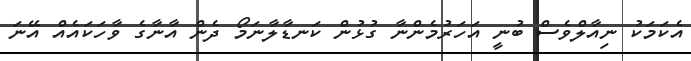
އެކަމަކު ނިއާލްވެސް ބުނީ އަހަރުމެންނާ ގުޅުން ކަނޑާލާނަމޯ ދެން އާނާގެ ވާހަކައެއް އޭނަ